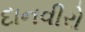
દાનવીરો